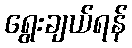
ရွေးချယ်ရန်